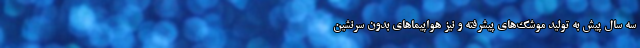
سه سال پیش به تولید موشک‌های پیشرفته و نیز هواپیماهای بدون سرنشین